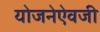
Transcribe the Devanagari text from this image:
योजनेऐवजी